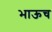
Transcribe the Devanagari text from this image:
भाऊच